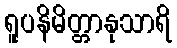
ရူပနိမိတ္တာနုသာရိ